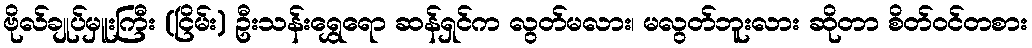
ဗိုလ်ချုပ်မှူးကြီး (ငြိမ်း) ဦးသန်းရွှေရော ဆန်ရှင်က လွတ်မလား၊ မလွတ်ဘူးလား ဆိုတာ စိတ်ဝင်တစား